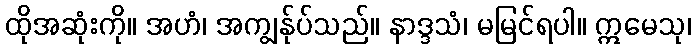
ထိုအဆုံးကို။ အဟံ၊ အကျွန်ုပ်သည်။ နာဒ္ဒသံ၊ မမြင်ရပါ။ ဣမေသု၊